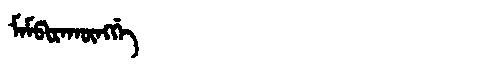
Manchu: ᠮᠠᠮᡦᡳᡵᠠᡴᡡᠩᡤᡝ
Romanization: MAMPIRAKŪNGGE